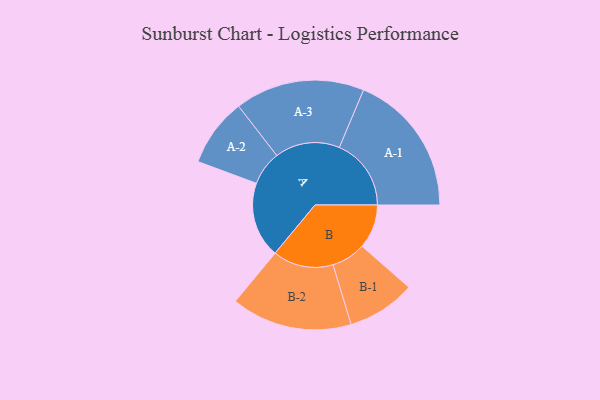
{"axis": {"x": "Segment", "y": "Value"}, "legend": ["", "A", "B"], "data": [{"x": "A", "y": 259, "type": ""}, {"x": "B", "y": 151, "type": ""}, {"x": "A-1", "y": 246, "type": "A"}, {"x": "A-2", "y": 117, "type": "A"}, {"x": "A-3", "y": 222, "type": "A"}, {"x": "B-1", "y": 117, "type": "B"}, {"x": "B-2", "y": 207, "type": "B"}]}